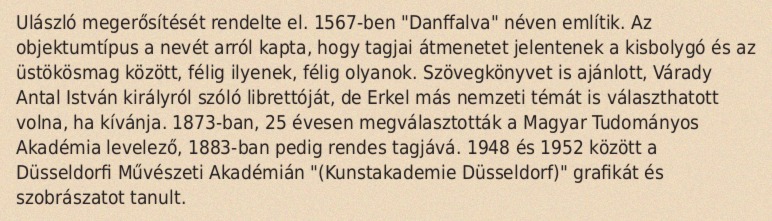
Ulászló megerősítését rendelte el. 1567-ben "Danffalva" néven említik. Az objektumtípus a nevét arról kapta, hogy tagjai átmenetet jelentenek a kisbolygó és az üstökösmag között, félig ilyenek, félig olyanok. Szövegkönyvet is ajánlott, Várady Antal István királyról szóló librettóját, de Erkel más nemzeti témát is választhatott volna, ha kívánja. 1873-ban, 25 évesen megválasztották a Magyar Tudományos Akadémia levelező, 1883-ban pedig rendes tagjává. 1948 és 1952 között a Düsseldorfi Művészeti Akadémián "(Kunstakademie Düsseldorf)" grafikát és szobrászatot tanult.